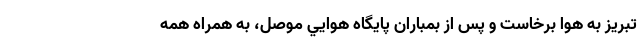
تبريز به هوا برخاست و پس از بمباران پايگاه هوايي موصل، به همراه همه